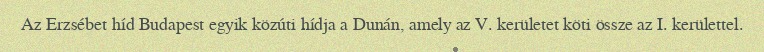
Az Erzsébet híd Budapest egyik közúti hídja a Dunán, amely az V. kerületet köti össze az I. kerülettel.